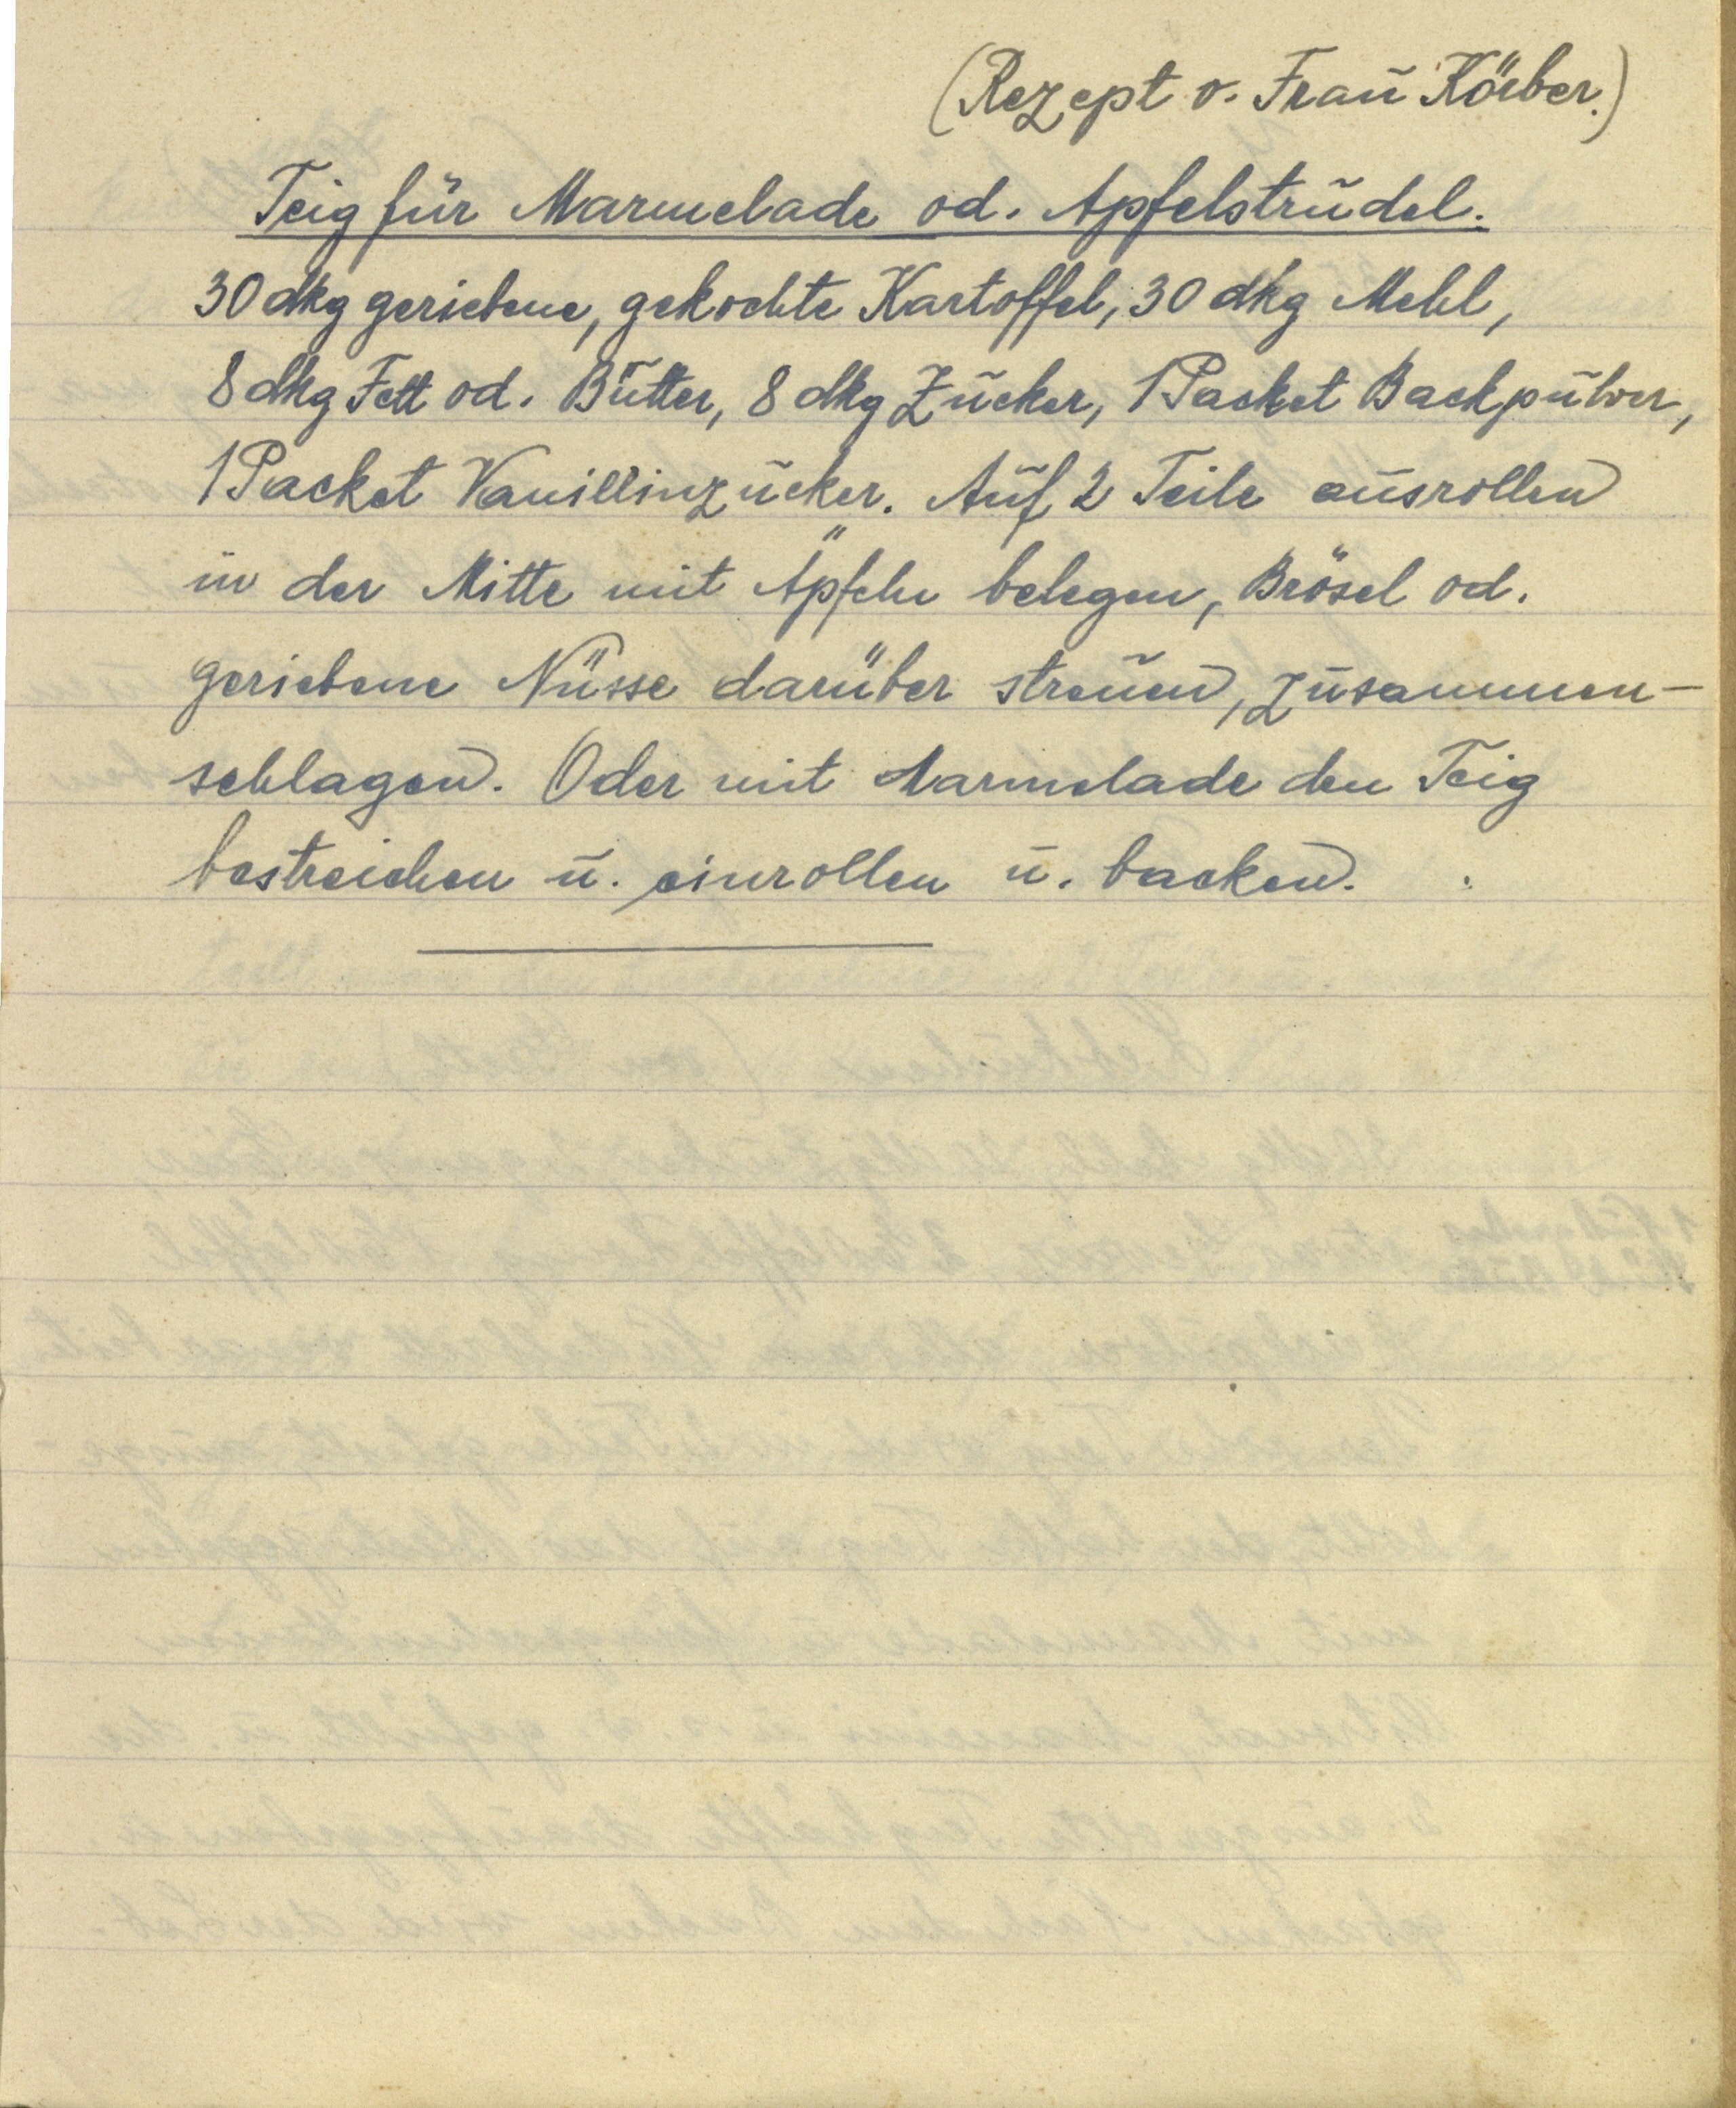
(Rezept v. Frau Körber.)
Teig für Marmelade od. Apfelstrudel.
30 dkg geriebene, gekochte Kartoffel, 30 dkg Mehl,
8 dkg Fett od. Butter, 8 dkg Zucker, 1 Packet backpulver,
1 Packet Vanillinzucker. Auf 2 Teile ausrollen
in der Mitte mit Äpfeln belegen, Brösel od.
geriebene Nüsse darüber streuen, zusammen¬
schlagen. Oder mit Marmelade den Teig
bestreichen u. einrollen u. backen.